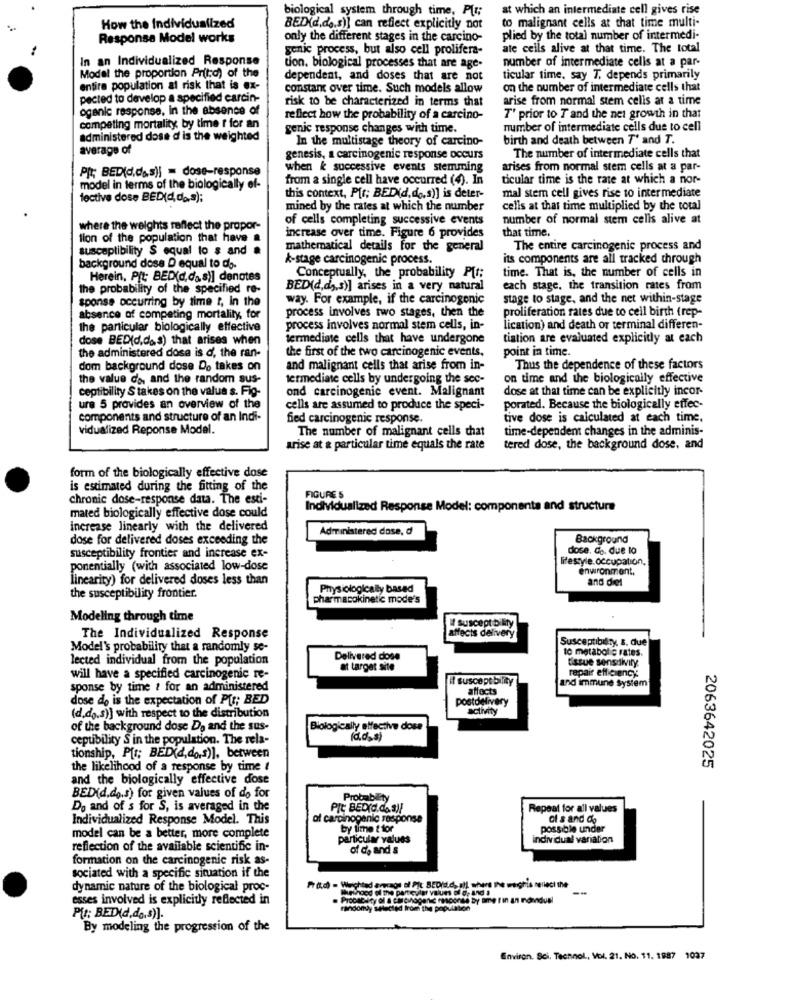
biological system through time, PLt;
at which an intermediate cell gives rise
How the Individualized
BED(d.de.s)] can reflect explicitly not
to malignant cells at that time multi-
Responsa Model works
only the different stages in the carcino-
plied by the total number of intermedi-
genic process, but also cell prolifera-
ale cells alive at that time. The total
In an Individualized Response
number of intermediate cells at a par-
Model the proportion Prit:d) of the
tion. biological processes that are age-
dependent, and doses that are not
ticular time, say T, depends primarily
entire population at risk that is ex-
constant over time. Such models allow
on the number of intermediate cells that
pected to develop a specified carcin-
risk to be characterized in terms that
arise from normal stem cells at a time
ogenic response, in the absence of
reflect how the probability of a carcino-
T' prior to T and the net growth in that
competing mortality by time r for an
genic response changes with time.
number of intermediate cells due to cell
administered dose d is the weighted
In the multistage theory of carcino-
birth and death between T' and T.
average of
genesis, a carcinogenic response occurs
The number of intermediate cells that
P[; BED(d.das)] = dose-response
when & successive events stemming
arises from normal stem cells at a par-
from a single cell have occurred (4). In
ticular time is the rate at which a nor-
model in terms of the biologically ef-
fective dose BED(d, do.s);
this context, Pfr; BEDid, do.s)] is deter-
mal stem cell gives rise to intermediate
mined by the rates at which the number
cells at that time multiplied by the total
of cells completing successive events
number of normal stem cells alive at
where the weights reflect the propor-
that time.
tion of the population that have a
increase over time. Figure 6 provides
susceptibility $ equal to s and #
mathematical details for the general
The entire carcinogenic process and
&-stage carcinogenic process.
its components are all tracked through
background dose D equal to do-
time. That is, the number of cells in
Herein, Pit; BED(d.das)] denotes
Conceptually, the probability Pft;
the probability of the specified re-
BED(d,d),s)] arises in a very natural
each stage, the transition rates from
sponse occurring by time t, in the
way. For example, if the carcinogenic
stage to stage, and the net within-stage
process involves two stages, then the
proliferation rates due to cell birth (rep-
absence of competing mortality, for
the particular biologically effective
process involves normal stem cells, in-
lication) and death or terminal differen-
dose BED(d.d ., 3) that arises when
dermediate cells that have undergone
tiation are evaluated explicitly at each
the administered dosa is d, the ran-
the first of the two carcinogenic events,
point in time.
dom background dose Do takes on
and malignant cells that arise from in-
Thus the dependence of these factors
the value d'o and the random sus-
termediate cells by undergoing the sec-
on time and the biologically effective
ceptibility S takes on the value s. Fig-
ond carcinogenic event. Malignant
dose at that time can be explicitly incor-
ure 5 provides an overview of the
cells are assumed to produce the speci-
porated. Because the biologically effec-
components and structure of an Indi-
fied carcinogenic response.
tive dose is calculated at each time.
vidualized Reponse Model.
The number of malignant cells that
time-dependent changes in the adminis-
arise at & particular time equals the rate
tered dose, the background dose, and
form of the biologically effective dose
is estimated during the fitting of the
chronic dose-response data. The esti-
FIGURE 5
mated biologically effective dose could
Individualized Response Model: components and structure
increase linearly with the delivered
Administered dose, d
dose for delivered doses exceeding the
Background
dose. do. due to
susceptibility frontier and increase ex-
lifestyle.occupation.
ponentially (with associated low-dose
environment.
linearity) for delivered doses less than
and del
Physiologically based
the susceptibility frontier.
pharmacokinetic mode's
Modeling through time
1 suscept bility
The Individualized Response
affects delivery
Susceptibility, s. due
Model's probability that a randomly se-
to metabolic rates.
lected individual from the population
Delivered dose
tissue sensivity
at target site
repair efficiency
will have a specified carcinogenic re-
It susceptibility
and immune System
sponse by time ? for an administered
affects
dose de is the expectation of Pur; BED
postdelivery
activity
(d.do.s)] with respect to the distribution
of the background dose De and the sus-
Biologically effective dose
ceptibility S in the population. The rela-
(ddss)
tionship, Pft; BED(d,dos)], between
2063642025
the likelihood of a response by time t
and the biologically effective dose
BED(d.do.s) for given values of do for
Probability
Do and of s for S, is averaged in the
Pit BED(d.do. a !!
Repeat for all values
Individualized Response Model. This
of carcinogenic response
cl s and do
by time t tor
possible under
model can be a better, more complete
particular values
individual variation
reflection of the available scientific in-
of de and s
formation on the carcinogenic risk as-
sociated with a specific situation if the
dynamic nature of the biological proc-
Fr (.d) - Weighted arcags of Pit BED(d.c. all, where the weghis nelleci the
esses involved is explicitly reflected in
. Probacity of a circnogen neconse by ame t'in an mondusi
randomly selected from the popu
Pit: BED(d,da,s)].
By modeling the progression of the
Environ. Sci, Technol ., Vol. 21. No. 11. 1887 1037